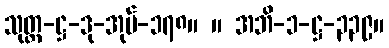
သုတ္တ-ဋ္ဌ-ဒု-အုပ်-၁၇၈။ ။ အဘိ-၁-ဋ္ဌ-၃၃၉။